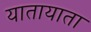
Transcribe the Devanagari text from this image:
यातायाता